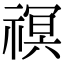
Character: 䄙